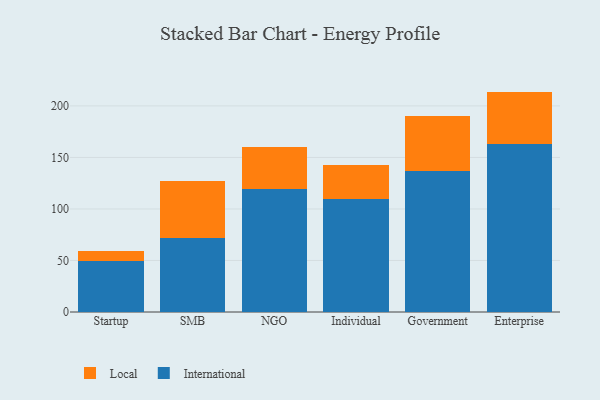
{"axis": {"x": "Segment", "y": "Revenue (USD Million)"}, "legend": ["International", "Local"], "data": [{"x": "Startup", "y": 49.2, "type": "International"}, {"x": "Startup", "y": 9.7, "type": "Local"}, {"x": "SMB", "y": 71.5, "type": "International"}, {"x": "SMB", "y": 55.8, "type": "Local"}, {"x": "NGO", "y": 119.3, "type": "International"}, {"x": "NGO", "y": 40.4, "type": "Local"}, {"x": "Individual", "y": 109.8, "type": "International"}, {"x": "Individual", "y": 32.8, "type": "Local"}, {"x": "Government", "y": 136.4, "type": "International"}, {"x": "Government", "y": 54.3, "type": "Local"}, {"x": "Enterprise", "y": 162.8, "type": "International"}, {"x": "Enterprise", "y": 51.1, "type": "Local"}]}